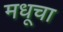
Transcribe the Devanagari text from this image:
मधूचा